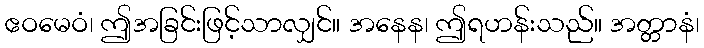
ဧဝမေဝံ၊ ဤအခြင်းဖြင့်သာလျှင်။ အနေန၊ ဤရဟန်းသည်။ အတ္တာနံ၊